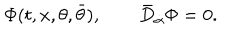
LaTeX: \Phi ( t , x , \theta , \bar { \theta } ) , \qquad \bar { D } _ { \dot { \alpha } } \Phi = 0 .